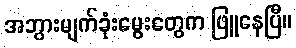
အဘွားမျက်ခုံးမွေးတွေက ဖြူနေပြီ။